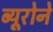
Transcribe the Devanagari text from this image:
ब्यूरोने